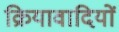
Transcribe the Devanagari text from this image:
क्रियावादियों